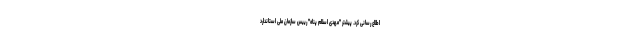
اطلاع رسانی کرد. پیشتر "مهدی اسلام پناه" رییس سازمان ملی استاندارد